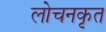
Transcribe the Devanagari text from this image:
लोचनकृत